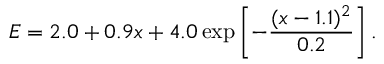
E = 2 . 0 + 0 . 9 x + 4 . 0 \exp \left[ - \frac { ( x - 1 . 1 ) ^ { 2 } } { 0 . 2 } \right] .